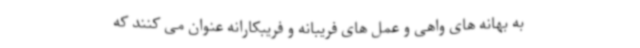
به بهانه های واهی و عمل های فریبانه و فریبکارانه عنوان می کنند که